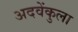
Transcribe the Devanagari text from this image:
अदवेंकुला